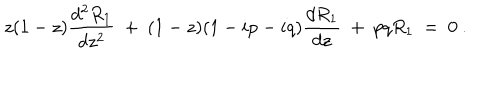
z ( 1 - z ) { \frac { d ^ { 2 } R _ { 1 } } { d z ^ { 2 } } } ~ + ~ ( 1 - z ) ( 1 - i p - i q ) { \frac { d R _ { 1 } } { d z } } ~ + ~ p q R _ { 1 } ~ = ~ 0 ~ .